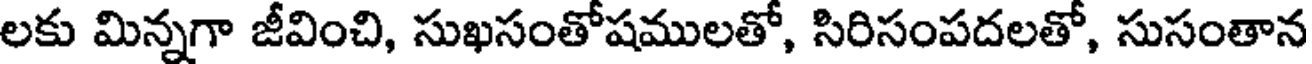
లకు మిన్నగా జీవించి, సుఖసంతోషములతో, సిరిసంపదలతో, సుసంతాన